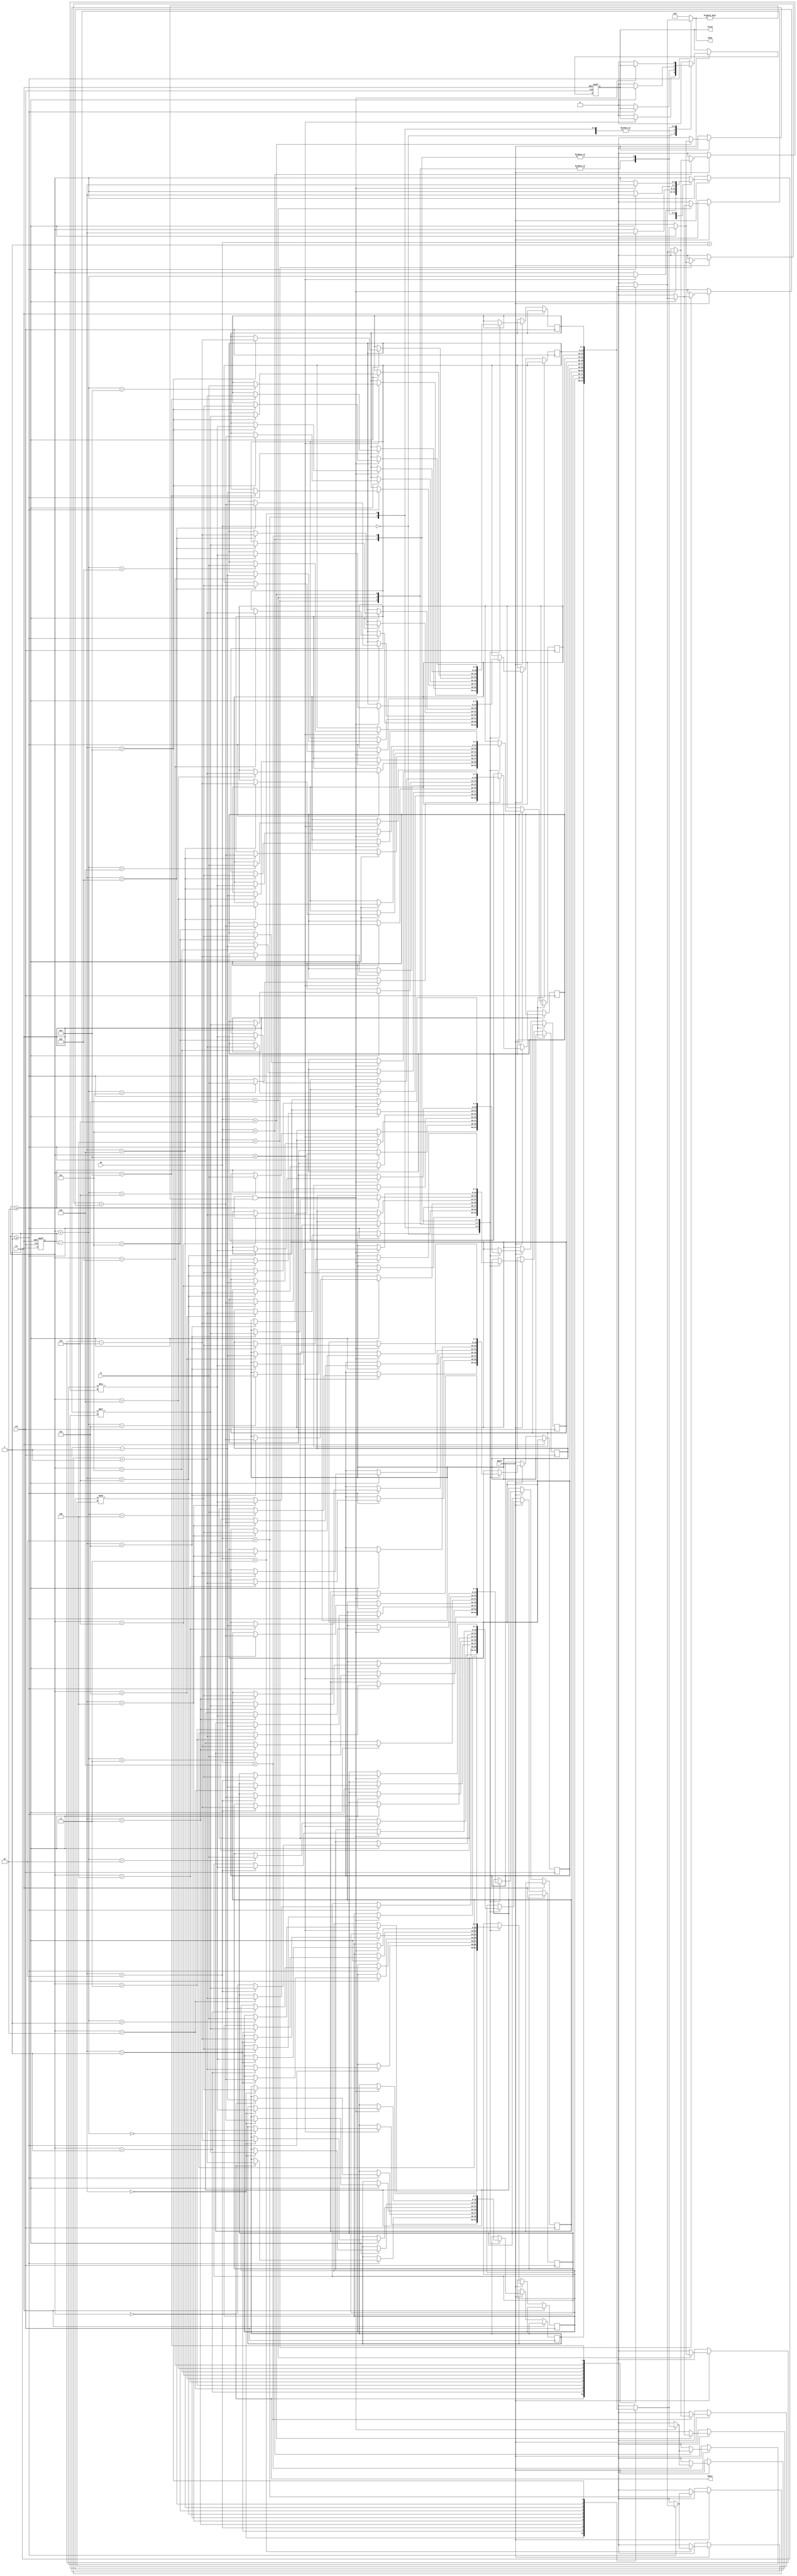
module main #(parameter W = 8)
	(
		input clk, rst,
		input [W-1:0] in,
		input [3:0] op,
		input apply,

		output [W-1:0] head,
		output empty,
		output reg valid
	);

	reg [3:0] size;
	reg [W-1:0] stack [1:10];

	assign empty = size == 0;
	assign head = size >= 1 ? stack[size] : 0;
	

always @(posedge clk or posedge rst)
begin
	if(rst)
		begin
			size <= 0;
			valid <= 1;
		end 
	else
		begin
		if (apply)
			begin
				case(op)
				4'd0 :
				begin
					if (size < 4'd10)
						begin
							stack[size+1] <= in;
							size <= size + 1;
						end
					else
						begin
							valid <= 0;
						end
				end

				4'd1 :
				begin
				    if (size >= 1)
				    	begin
				    		size <= size - 1;
				    	end
				    else
				    	begin
				    		valid <= 0;
				    	end
				end

				4'd2 :
				begin
					if (size >= 1)
						begin
							stack[size] <= stack[size] + 1;
		                end
		            else
		            	begin
		            		valid <= 0;
		           		end
		        end

		        4'd3 :
		        begin
					if (size >= 1)
						begin
							stack[size] <= stack[size] - 1;
		                end
		            else
		            	begin
		            		valid <= 0;
		            	end
		        end

		        4'd4 :
		        begin
					if (size >= 2)
						begin
							stack[size-1] <= stack[size-1] + stack[size];
							size <= size - 1;
		                end
		            else
		            	begin
		            		valid <= 0;
		            	end
		        end

		        4'd5 :
		        begin
					if (size >= 2)
						begin
							stack[size-1] <= stack[size-1] - stack[size];
							size <= size - 1;
		                end
		            else
		            	begin
		            		valid <= 0;
		            	end
		        end

		        4'd6 :
		        begin
					if (size >= 2)
						begin
							stack[size-1] <= stack[size-1] * stack[size];
							size <= size - 1;
		                end
		            else
		            	begin
		            		valid <= 0;
		            	end
		        end

		        4'd7 :
		        begin
					if (size >= 2 && head != 0)
						begin
							stack[size-1] <= stack[size-1] / stack[size];
							size <= size - 1;
		                end
		            else
		            	begin
		            		valid <= 0;
		            	end
		        end

		        4'd8 :
		        begin
					if (size >= 2 && head != 0)
						begin
							stack[size-1] <= stack[size-1] % stack[size];
							size <= size - 1;
		                end
		            else
		            	begin
		            		valid <= 0;
		            	end
		        end

		        default:
		        begin
		        	valid <= 0;
		        end
		        
		        endcase
	    	end
	    end     
end
    
endmodule